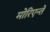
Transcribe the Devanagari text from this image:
मोरिएन्ते